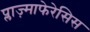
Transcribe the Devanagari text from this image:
प्लाज़्माफेरेसिस